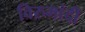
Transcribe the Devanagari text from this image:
विरुमांदी